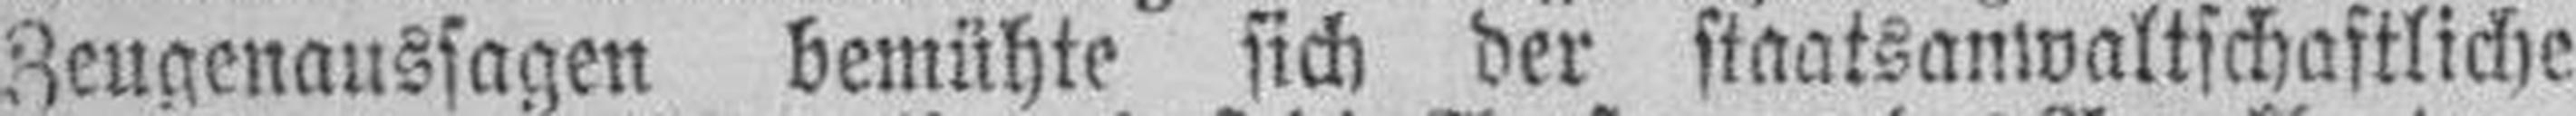
Zeugenaussagen bemühte sich der staatsanwaltschaftliche